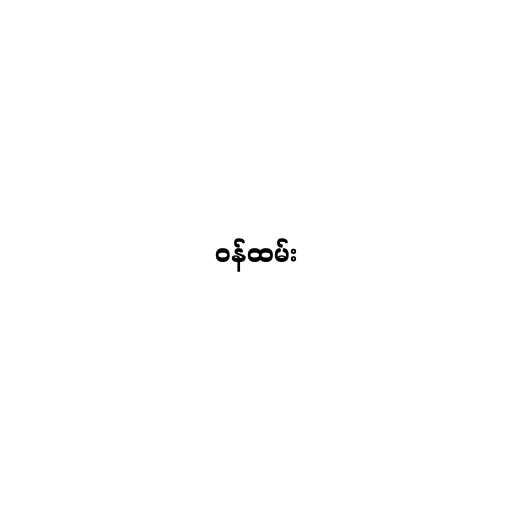
ဝန်ထမ်း